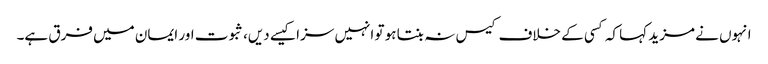
انہوں نے مزید کہا کہ کسی کے خلاف کیس نہ بنتا ہو تو انہیں سزا کیسے دیں، ثبوت اور ایمان میں فرق ہے۔